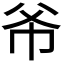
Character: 𫷁